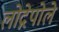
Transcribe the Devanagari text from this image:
लोद्गेपोले